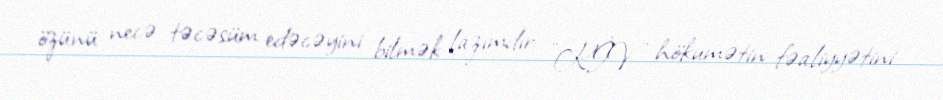
özünü necə təcəsüm edəcəyini bilmək lazımdır: "KİV hökumətin fəaliyyətini